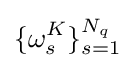
\{\omega _{s}^{K}\}_{s=1}^{N_{q}}